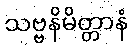
သဗ္ဗနိမိတ္တာနံ